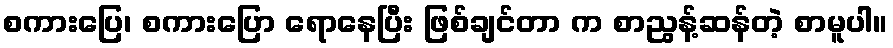
စကားပြေ၊ စကားပြော ရောနေပြီး ဖြစ်ချင်တာ က စာညွန့်ဆန်တဲ့ စာမူပါ။